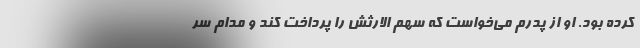
کرده بود. او از پدرم می‌خواست که سهم الارثش را پرداخت کند و مدام سر